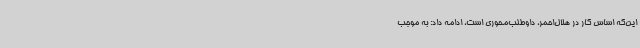
این‌که اساس کار در هلال‌احمر، داوطلب‌محوری است، ادامه داد: به موجب